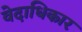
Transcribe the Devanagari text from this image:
वेदाधिकार